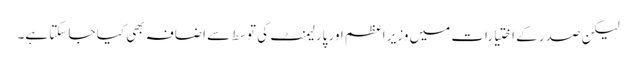
لیکن صدر کے اختیارات میں وزیر اعظم اور پارلیمنٹ کی توسط سے اضافہ بھی کیا جا سکتا ہے۔